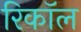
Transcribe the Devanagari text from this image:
रिकाॅल